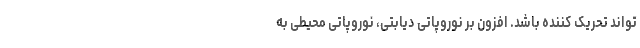
تواند تحریک کننده باشد. افزون بر نوروپاتی دیابتی، نوروپاتی محیطی به